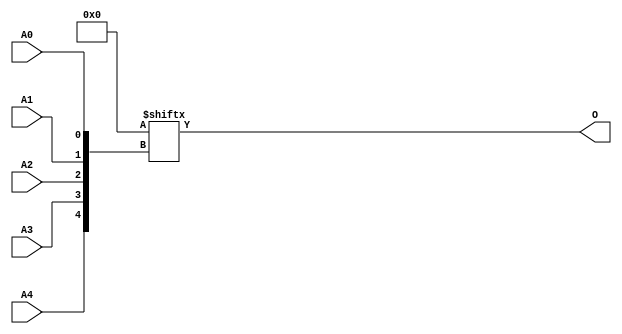
module ROM32X1 (O, A0, A1, A2, A3, A4);

    parameter INIT = 32'h00000000;

    output O;

    input  A0, A1, A2, A3, A4;

    reg [31:0] mem;

    initial 
            mem = INIT;

    assign O = mem[{A4, A3, A2, A1, A0}];


endmodule